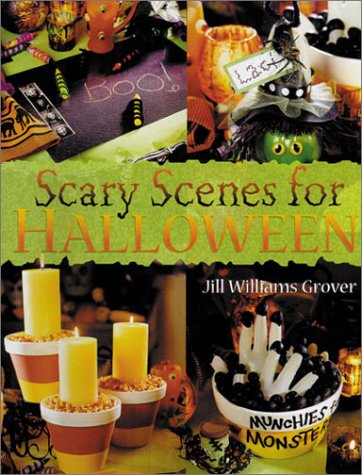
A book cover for Scary Scenes For Halloween; Jill Williams Grover; Cookbooks, Food & Wine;